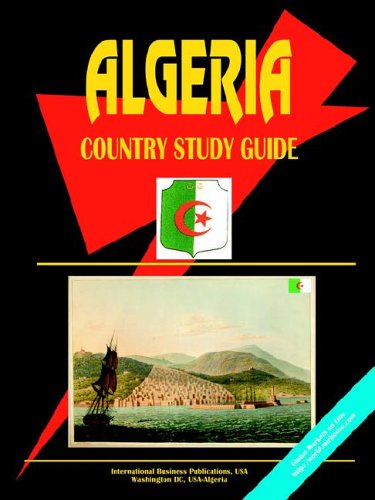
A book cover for Algeria Country Study Guide (World Country Study Guide Library); USA International Business Publications; Travel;